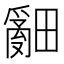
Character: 𤳞